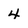
Character: 4